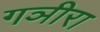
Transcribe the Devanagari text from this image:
गञीरा